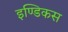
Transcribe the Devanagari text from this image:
इण्डिकस